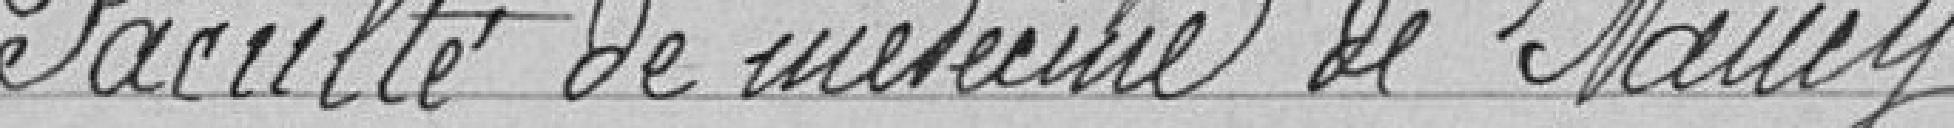
Faculté de Médecine de Nancy